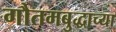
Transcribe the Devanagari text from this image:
गौतमबुद्धाच्या